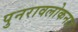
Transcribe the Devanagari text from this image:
पुनरावलोकनात